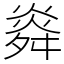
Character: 㷠